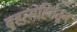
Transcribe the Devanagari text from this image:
बृहत्संहितेतून